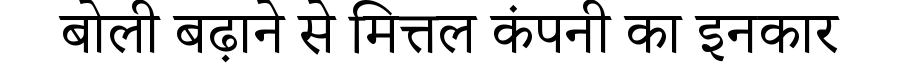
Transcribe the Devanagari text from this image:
बोली बढ़ाने से मित्तल कंपनी का इनकार